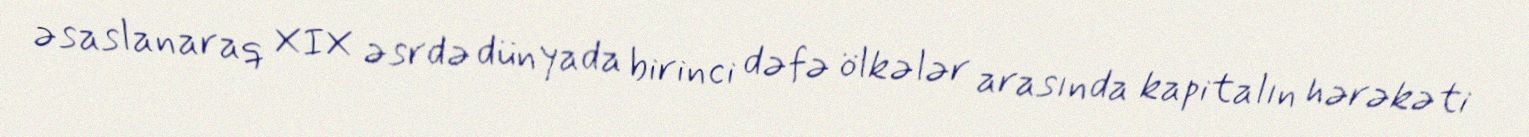
əsaslanaraq XIX əsrdə dünyada birinci dəfə ölkələr arasında kapitalın hərəkəti